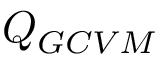
Q _ { G C V M }